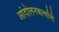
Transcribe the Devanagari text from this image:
आंदोलनकर्त्यांनी